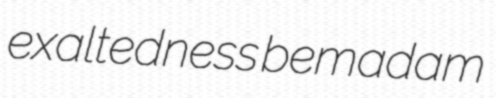
exaltedness bemadam